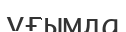
ұғымда